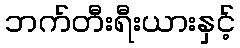
ဘက်တီးရီးယားနှင့်